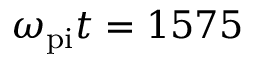
\omega _ { \mathrm { p i } } t = 1 5 7 5